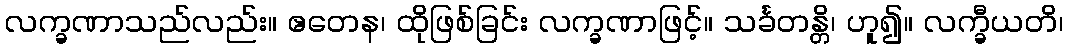
လက္ခဏာသည်လည်း။ ဧတေန၊ ထိုဖြစ်ခြင်း လက္ခဏာဖြင့်။ သင်္ခတန္တိ၊ ဟူ၍။ လက္ခီယတိ၊